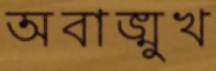
অবাঙ্মুখ